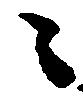
々